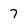
Character: 7